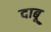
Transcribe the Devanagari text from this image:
दाबू